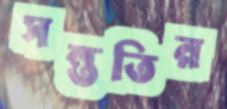
সন্ততির